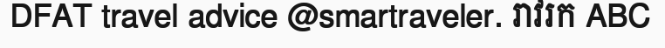
DFAT travel advice @smartraveler. រាវរក ABC